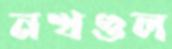
নখগুল